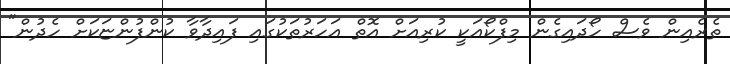
ތެރެއިން ވެސް ހޯދައިގެން މިފްކޯއަކީ ކުރިއަށް އޮތް އަހަރުތަކުގައި ފައިދާވާ ކުންފުންޏަކަށް ހެދުން"